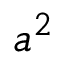
a ^ { 2 }